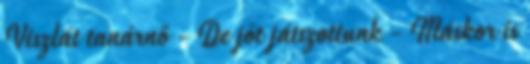
Viszlát tanárnő - De jót játszottunk - Máskor is